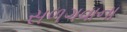
સળગવાના